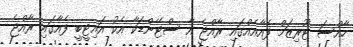
ހާއްސަ ޓޫރިޒަމް ފެއާއެއްގައި ރާއްޖެ އާ ސްޓޭންޑަކާ އެކު އައިޓީބީ ފެއާގައި ރާއްޖެ